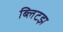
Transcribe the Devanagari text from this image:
ब्लिटझ